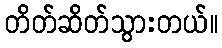
တိတ်ဆိတ်သွားတယ်။